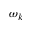
\omega _ { k }